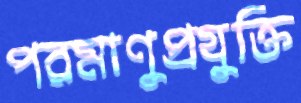
পরমাণুপ্রযুক্তি